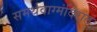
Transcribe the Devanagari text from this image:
समर्थवाग्मंदिरात